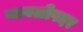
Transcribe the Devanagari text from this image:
मावलीपदर